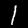
Digit: 1